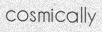
cosmically